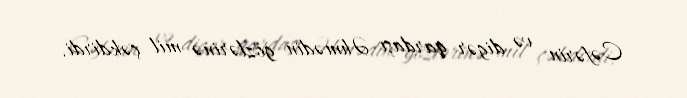
Cəfərin və digər qardaşı Əhmədin gözlərinə mil çəkdirdi.